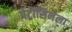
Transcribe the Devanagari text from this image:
पेट्रोसिनेला